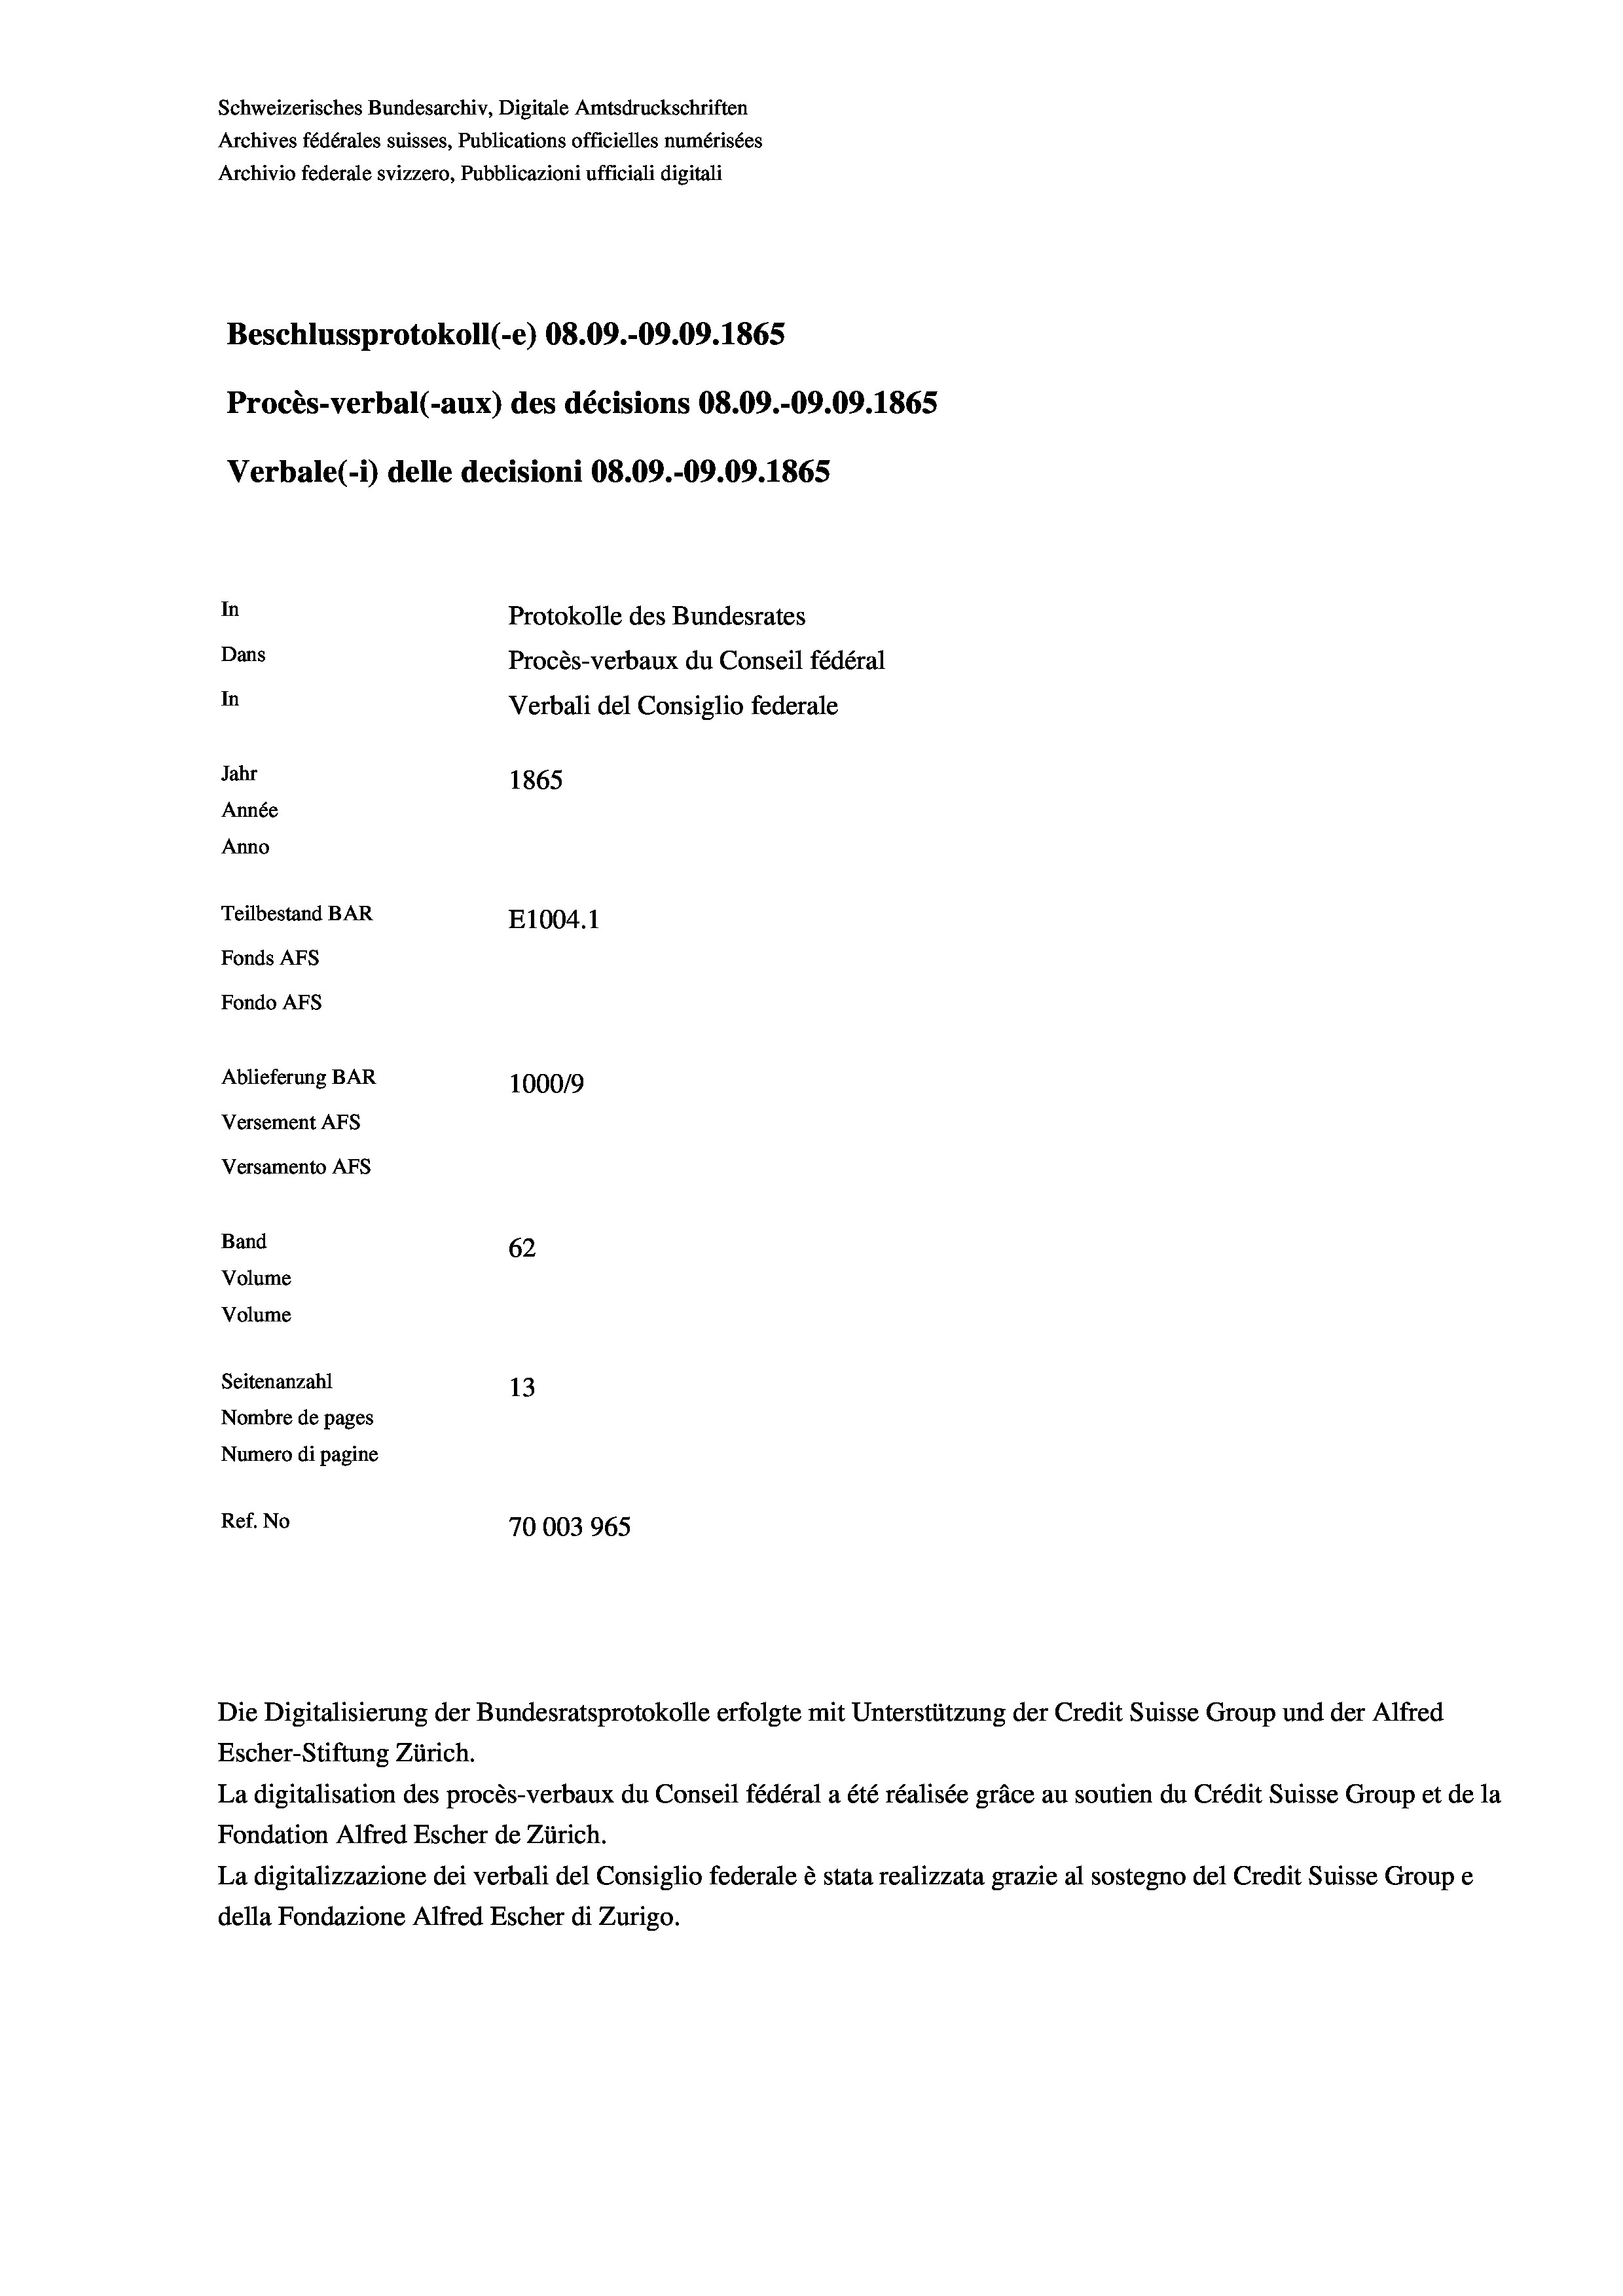
Schweizerisches Bundesarchiv, Digitale Amtsdruckschriften
Archives fédérales suisses, Publications officielles numérisées
Archivio federale svizzero, Pubblicazioni ufficiali digitali
Beschlussprotokoll (-e) 08.09.-09.09. 1865
Procès-verbal (-aux) des décisions 08.09.-09.09. 1865
Verbale (1) delle decisioni 08.09.-09.09. 1865
In
Protokolle des Bundesrates
Dans
Procès-verbaux du Conseil fédéral
In
Verbali del Consiglio federale
Jahr
1865
Année
Anno
Teilbestand BAR
E1004.1
Fonds AFs
Fondo Afs
Ablieferung BAR
100019
Versement AFs
Versamento AFs
Band
62
Volume
Volume
Seitenanzahl
13
Nombre de pages
Numero di pagine
Ref. No
70003965

Escher-Stiftung Zürich.
La digitalisation des procès-verbaux du Conseil fédéral a été réalisée gräce au soutien du Crédit Suisse Group et de la
Fondation Alfred Escher de Zürich.
La digitalizzazione dei verbali del Consiglio federale è stata realizzata grazie al sostegno del Credit Suisse Groupe
della Fondazione Alfred Escher di Zurigo.

Die Digitalisierung der Bundesratsprotokolle erfolgte mit Unterstützung der Credit Suisse Group und der Alfred